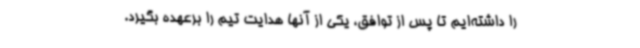
را داشته‌ایم تا پس از توافق، یکی از آنها هدایت تیم را برعهده بگیرد.